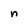
Character: n